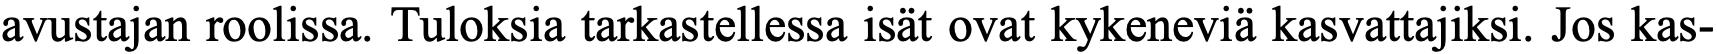
avustajan roolissa. Tuloksia tarkastellessa isät ovat kykeneviä kasvattajiksi. Jos kas-